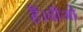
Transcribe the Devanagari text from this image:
हैं।वीओ